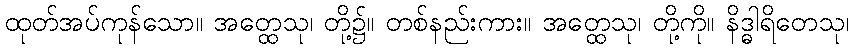
ထုတ်အပ်ကုန်သော။ အတ္ထေသု၊ တို့၌။ တစ်နည်းကား။ အတ္ထေသု၊ တို့ကို။ နိဒ္ဓါရိတေသု၊